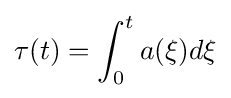
\tau (t)=\int _{0}^{t}a(\xi )d\xi